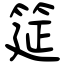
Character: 筵